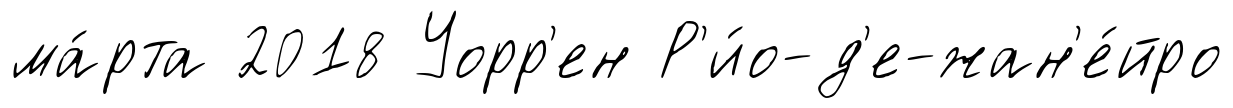
ма́рта 2018 Уорр'ен Р'и́о-д'е-жан'е́йро